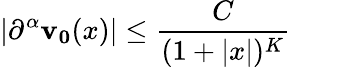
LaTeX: \vert\partial^{\alpha}\mathbf{v_{0}}(x)\vert\leq{\frac{C}{(1+\vert x\vert)^{K}}}\qquad